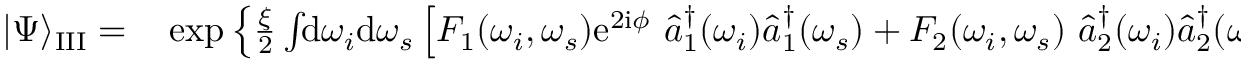
\begin{array} { r l } { | \Psi \rangle _ { \mathrm { I I I } } = } & { { } \exp \left\{ \frac { \xi } { 2 } \int \! \! \mathrm { d } \omega _ { i } \mathrm { d } \omega _ { s } \left[ F _ { 1 } ( \omega _ { i } , \omega _ { s } ) \mathrm { e } ^ { 2 \mathrm { i } \phi } \, \, \hat { a } _ { 1 } ^ { \dagger } ( \omega _ { i } ) \hat { a } _ { 1 } ^ { \dagger } ( \omega _ { s } ) + F _ { 2 } ( \omega _ { i } , \omega _ { s } ) \, \, \hat { a } _ { 2 } ^ { \dagger } ( \omega _ { i } ) \hat { a } _ { 2 } ^ { \dagger } ( \omega _ { s } ) \right] \right\} | \mathrm { v a c } \rangle \, . } \end{array}